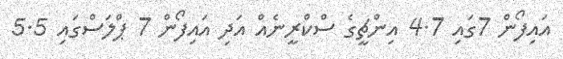
އައިފޯން 7ގައި 4.7 އިންޗީގެ ސްކްރީނެއް އަދި އައިފޯން 7 ޕްލަސްގައި 5.5